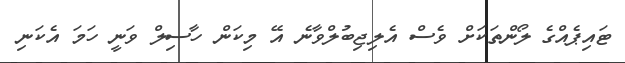
ޓައިޕެއްގެ ލޯންތަކަށް ވެސް އެލިޖިބުލްވާނެ އޭ މިކަން ހާސިލް ވަނީ ހަމަ އެކަނި